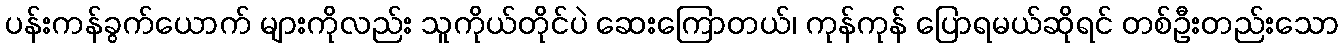
ပန်းကန်ခွက်ယောက် များကိုလည်း သူကိုယ်တိုင်ပဲ ဆေးကြောတယ်၊ ကုန်ကုန် ပြောရမယ်ဆိုရင် တစ်ဦးတည်းသော